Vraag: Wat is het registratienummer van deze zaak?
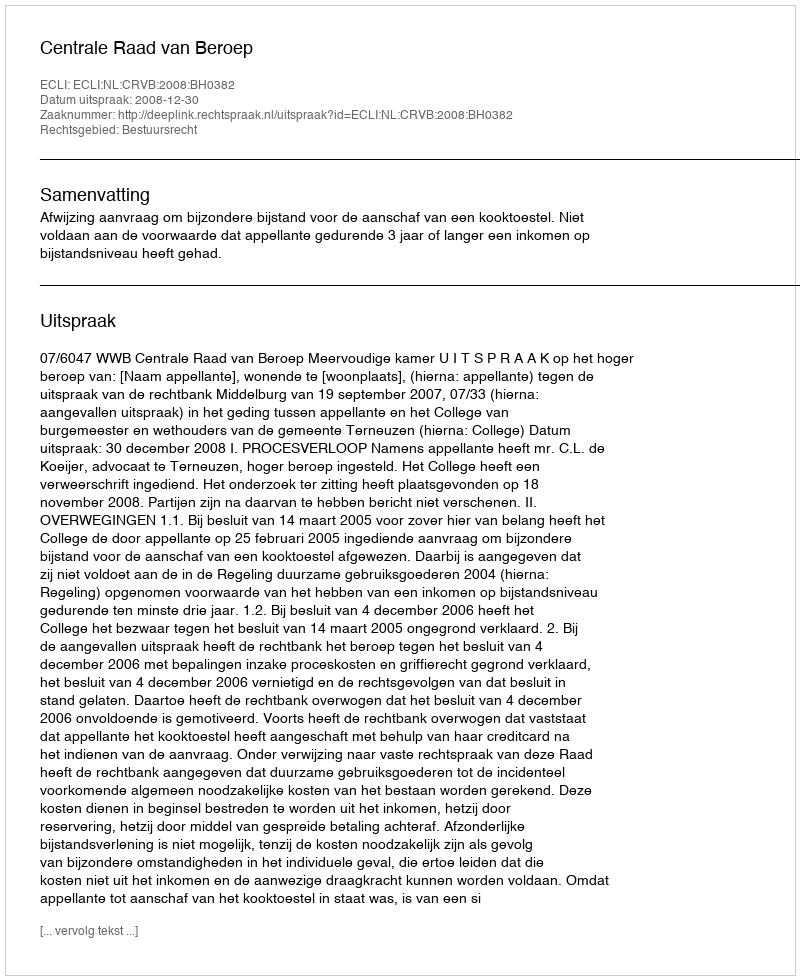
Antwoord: http://deeplink.rechtspraak.nl/uitspraak?id=ECLI:NL:CRVB:2008:BH0382